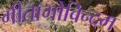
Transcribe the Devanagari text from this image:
गीतागोविन्दम